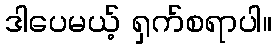
ဒါပေမယ့် ရှက်စရာပါ။